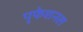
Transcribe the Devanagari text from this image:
पृफेशनल